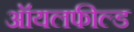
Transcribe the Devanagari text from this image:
ऑयलफील्ड